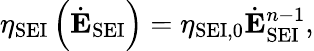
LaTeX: \eta_{\mathrm{SEI}}\left(\dot{\mathbf{E}}_{\mathrm{SEI}}\right)=\eta_{\mathrm{SEI,0}}\dot{\mathbf{E}}_{\mathrm{SEI}}^{n-1},